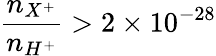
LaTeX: {\frac{n_{X^{+}}}{n_{H^{+}}}}>2\times 10^{-28}